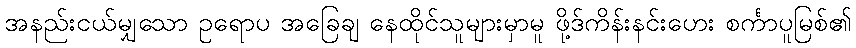
အနည်းငယ်မျှသော ဥရောပ အခြေချ နေထိုင်သူများမှာမူ ဖို့ဒ်ကိန်းနင်းဟေး စင်္ကာပူမြစ်၏